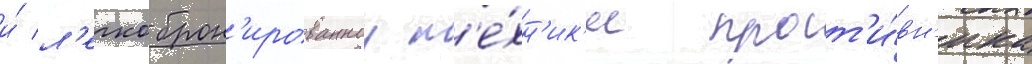
и́ л'егкоброн'ированнои т'е́хн'ик'и прот'и́вн'ика